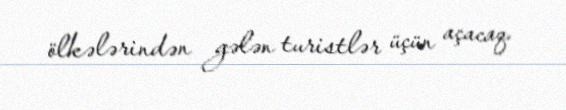
ölkələrindən gələn turistlər üçün açacaq.